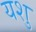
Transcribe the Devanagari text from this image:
यशु